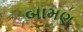
બામણ